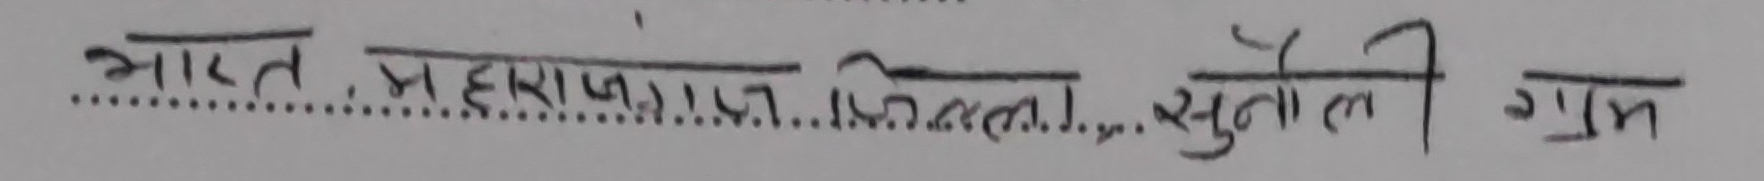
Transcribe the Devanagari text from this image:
भारत, महाराजगंज जिल्ला, सुतौली ग्राम